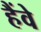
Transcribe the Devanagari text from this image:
हैंवे